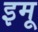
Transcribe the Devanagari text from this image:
इमू